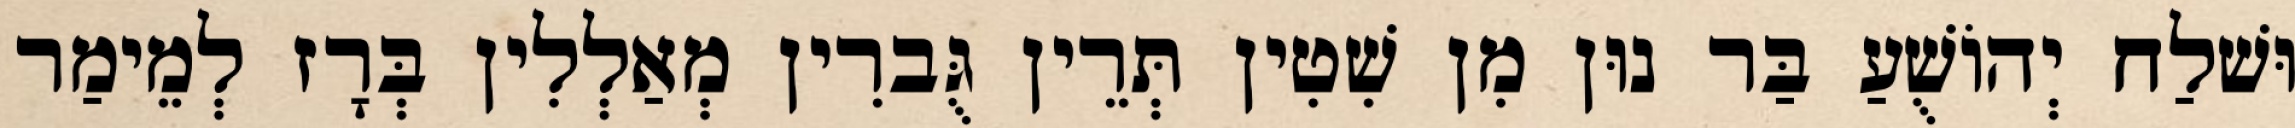
וּשׁלַח יְהוֹשֻׁעַ בַּר נוּן מִן שִׁטִין תְּרֵין גֻּברִין מְאַלְלִין בְּרָז לְמֵימַר